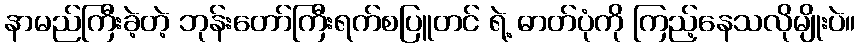
နာမည်ကြီးခဲ့တဲ့ ဘုန်းတော်ကြီးရက်စပြူတင် ရဲ့ ဓာတ်ပုံကို ကြည့်နေသလိုမျိုးပဲ။